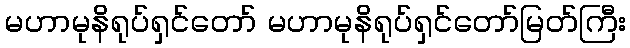
မဟာမုနိရုပ်ရှင်တော် မဟာမုနိရုပ်ရှင်တော်မြတ်ကြီး